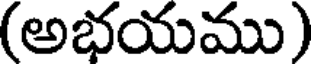
(అభయము)